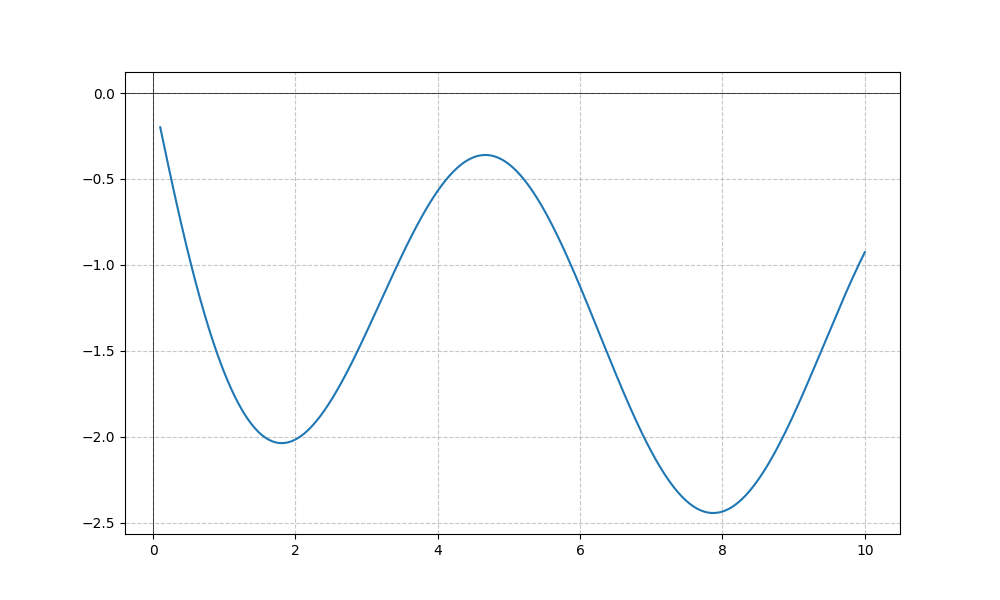
LaTeX formula: - \sin{\left(x \right)} - \operatorname{atan}{\left(x \right)}